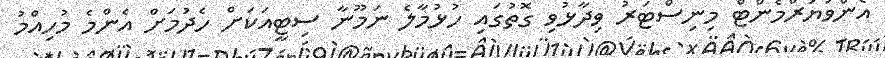
އެންވަޔަރްމެންޓް މިނިސްޓަރު ވިދާޅުވި ގޮތުގައި ހުޅުމާލެ ނަމޫނާ ސިޓީއަކަށް ހެދުމަށް އެންމެ މުހިއްމު